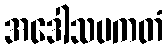
အဒေါသပကတံ